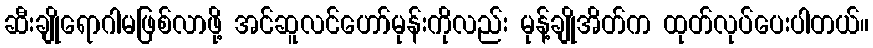
ဆီးချိုရောဂါမဖြစ်လာဖို့ အင်ဆူလင်ဟော်မုန်းကိုလည်း မုန့်ချိုအိတ်က ထုတ်လုပ်ပေးပါတယ်။